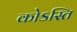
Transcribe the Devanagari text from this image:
कोऽस्ति